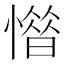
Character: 𢡽